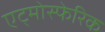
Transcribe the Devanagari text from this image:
एट्मोस्फेरिक